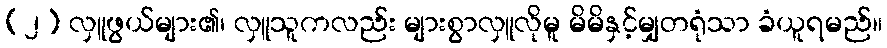
(၂) လှူဖွယ်များ၏၊ လှူသူကလည်း များစွာလှူလိုမူ မိမိနှင့်မျှတရုံသာ ခံယူရမည်။